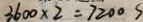
3 6 0 0 \times 2 = 7 2 0 0 s